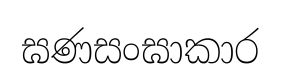
ඝණසංඝාකාර